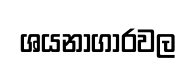
ශයනාගාරවල